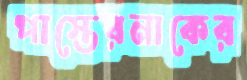
পাস্তেরনাকের